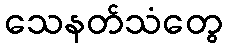
သေနတ်သံတွေ